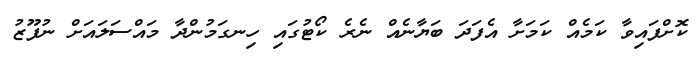
ކޮށްފައިވާ ކަމެއް ކަމަށާ އެފަދަ ބަޔާނެއް ނެރެ ކޯޓުގައި ހިނގަމުންދާ މައްސަލައަށް ނުފޫޒު